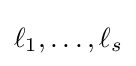
\ell _{1},\ldots ,\ell _{s}